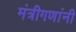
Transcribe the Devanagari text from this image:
मंत्रीगणांनी